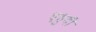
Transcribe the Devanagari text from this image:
एहुदी